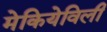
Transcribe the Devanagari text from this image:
मेकियेविली